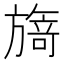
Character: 𭥃